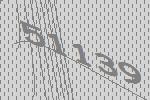
51139